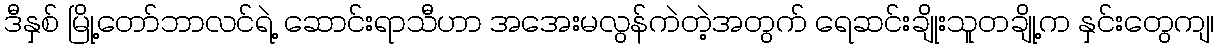
ဒီနှစ် မြို့တော်ဘာလင်ရဲ့ ဆောင်းရာသီဟာ အအေးမလွန်ကဲတဲ့အတွက် ရေဆင်းချိုးသူတချို့က နှင်းတွေကျ၊